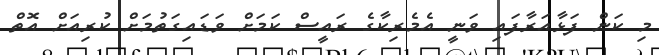
މި ކަން ފަޅާއަރާފައި ވަނީ އެމެރިކާގެ ރައީސް ކަމަށް ވަޑައިގަތުމަށް ކުރިއަށް އޮތް